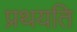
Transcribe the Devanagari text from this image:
प्रथयति